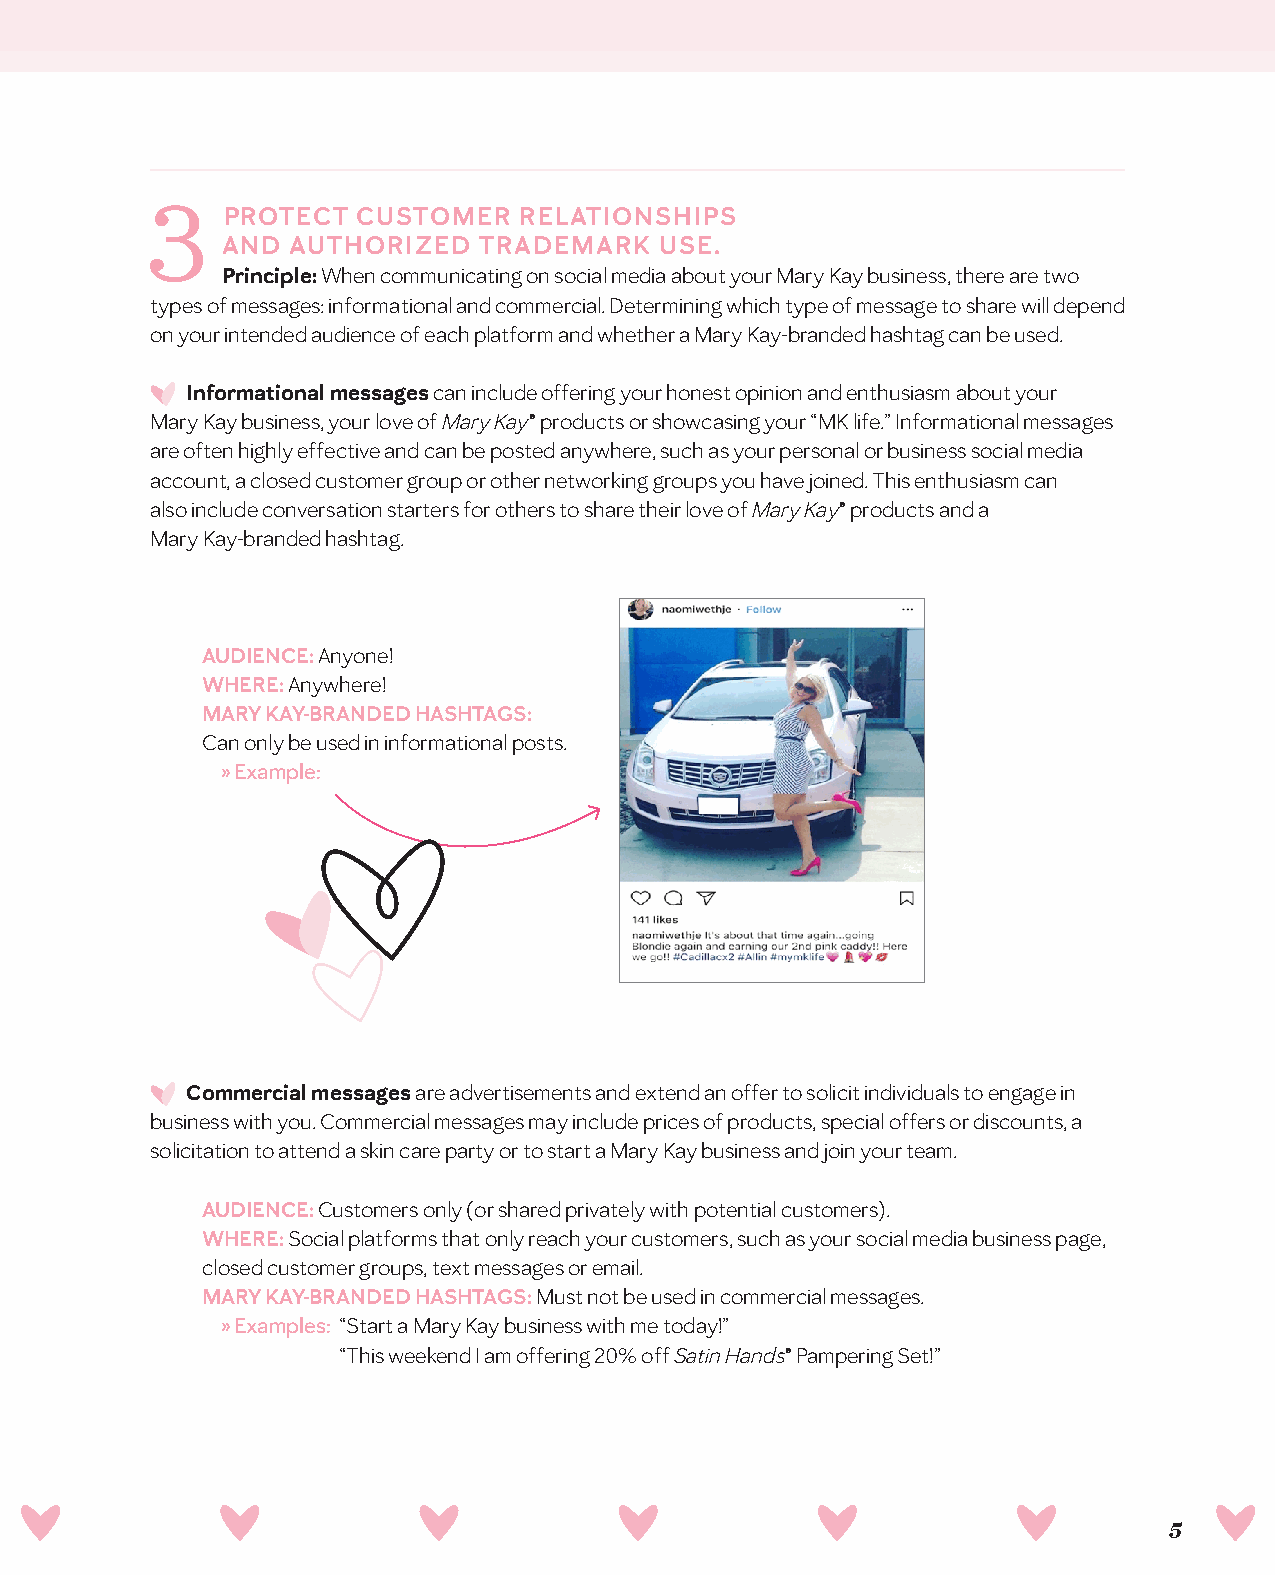
PROTECT  CUSTOMER  RELATIONSHIPS
 AND AUTHORIZED   TRADEMARK   USE.
 Principle: When communicating on social media about your Mary Kay business, there are two
 types of messages: informational and commercial. Determining which type of message to share will depend
 on your intended audience of each platform and whether a Mary Kay-branded hashtag can be used.
 Informational messages can include offering your honest opinion and enthusiasm about your
 Mary Kay business, your love of Mary Kay® products or showcasing your “MK life.” Informational messages
 are often highly effective and can be posted anywhere, such as your personal or business social media
 account, a closed customer group or other networking groups you have joined. This enthusiasm can
 also include conversation starters for others to share their love of Mary Kay® products and a
 Mary Kay-branded hashtag.
 AUDIENCE: Anyone!
 WHERE: Anywhere!
 MARY KAY-BRANDED HASHTAGS:
 Can only be used in informational posts.
 » Example:
 Commercial messages are advertisements and extend an offer to solicit individuals to engage in
 business with you. Commercial messages may include prices of products, special offers or discounts, a
 solicitation to attend a skin care party or to start a Mary Kay business and join your team.
 AUDIENCE: Customers only (or shared privately with potential customers).
 WHERE: Social platforms that only reach your customers, such as your social media business page,
 closed customer groups, text messages or email.
 MARY KAY-BRANDED HASHTAGS: Must not be used in commercial messages.
 » Examples: “Start a Mary Kay business with me today!”
 “This weekend I am offering 20% off Satin Hands® Pampering Set!”
 5